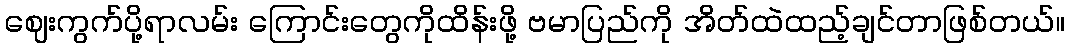
ဈေးကွက်ပို့ရာလမ်း ကြောင်းတွေကိုထိန်းဖို့ ဗမာပြည်ကို အိတ်ထဲထည့်ချင်တာဖြစ်တယ်။